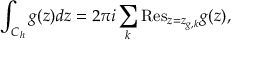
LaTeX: \int _ { C _ { h } } { g ( z ) d z } = 2 \pi i \sum _ { k } { \mathrm { R e s } } _ { z = z _ { g , k } } g ( z ) ,